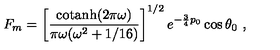
F _ { m } = \left[ { \frac { \mathrm { c o t a n h } ( 2 \pi \omega ) } { \pi \omega ( \omega ^ { 2 } + 1 / 1 6 ) } } \right] ^ { 1 / 2 } e ^ { - { \frac { 3 } { 4 } } p _ { 0 } } \cos \theta _ { 0 } \ ,